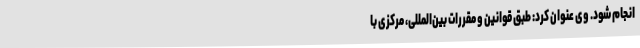
انجام شود. وی عنوان کرد: طبق قوانین و مقررات بین‌المللی، مرکزی با